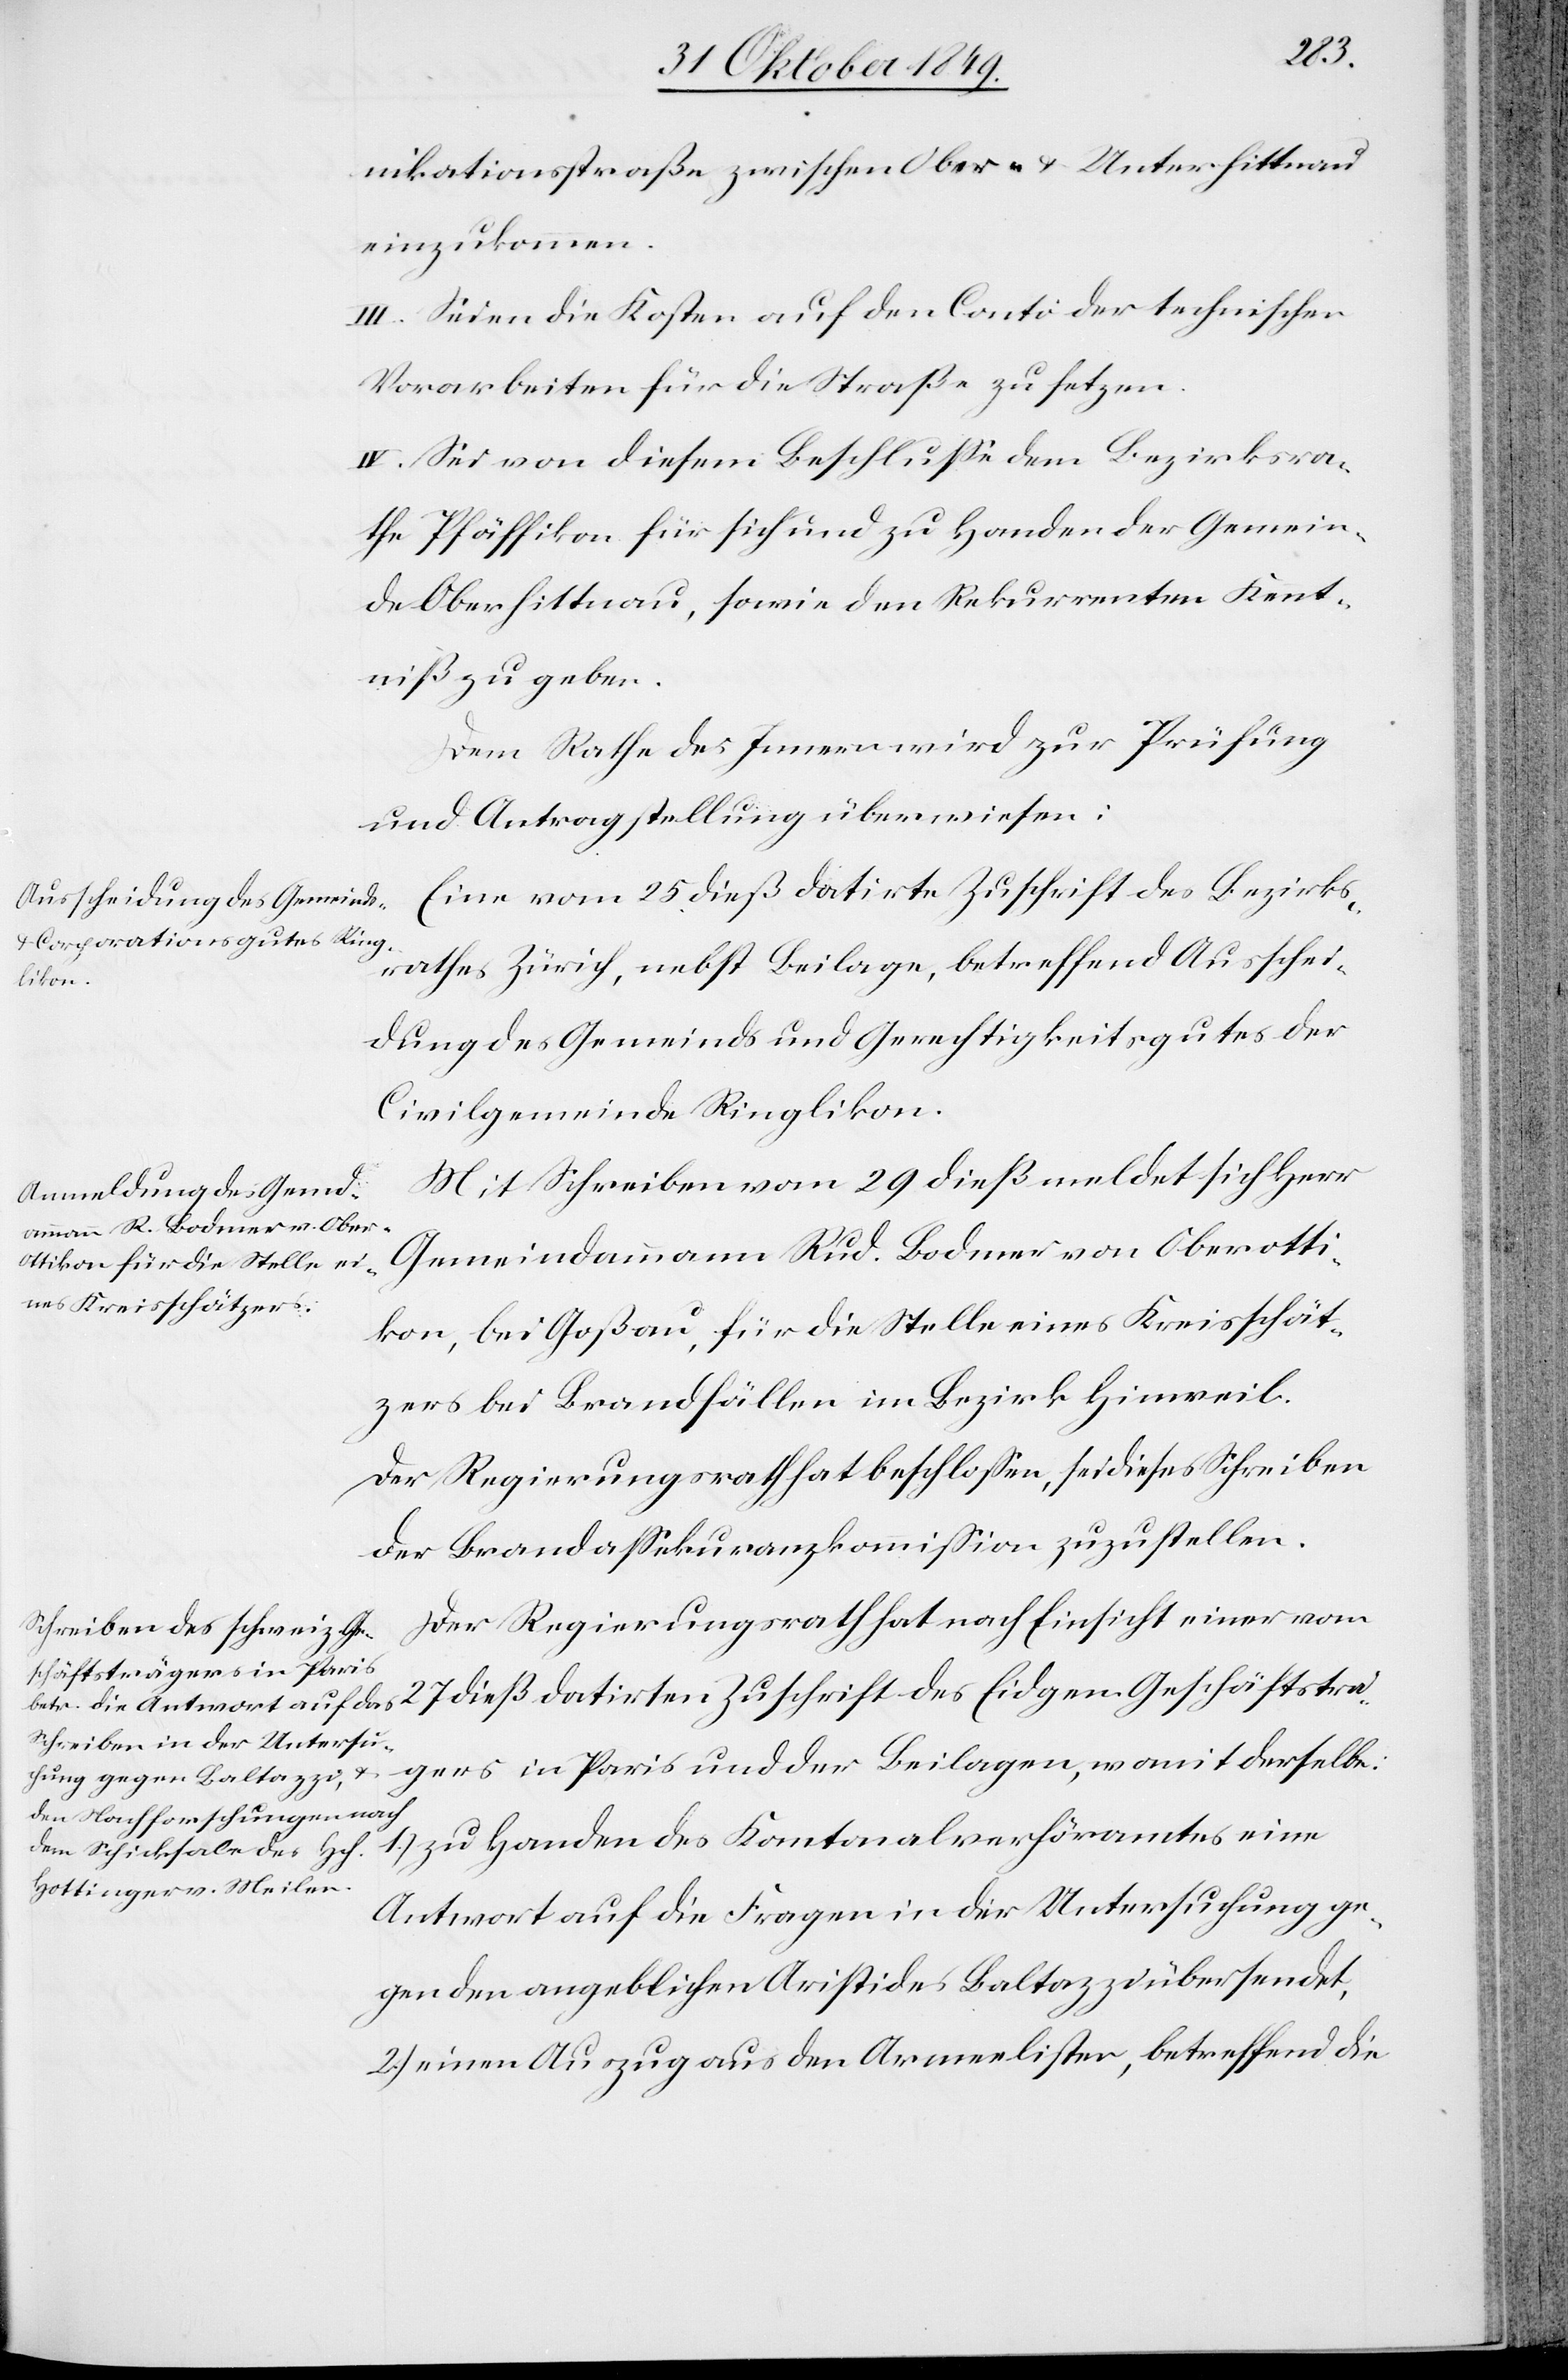
nikationsstraße zwischen Ober- u. Unterhittnau
einzukommen.
III. Seien die Kosten auf dem Conto der technischen
Vorarbeiten für die Straße zu setzen.
IV. Sei von diesem Beschluße dem Bezirksra¬
the Pfäffikon für sich und zu Handen der Gemein¬
de Oberhittnau, sowie den Rekurrenten Kennt¬
niß zu geben.
Dem Rathe des Innern wird zur Prüfung
und Antragstellung überwiesen:
Eine vom 25 dieß datirte Zuschrift des Bezirks¬
rathes Zürich, nebst Beilage, betreffend Ausschei¬
dung des Gemeinds- und Gerechtigkeitsgutes der
Civilgemeinde Ringlikon.
Mit Schreiben vom 29 dieß meldet sich Herr
Gemeindammann Rud. Bodmer von Oberotti¬
kon, bei Goßau, für die Stelle eines Kreisschät¬
zers bei Brandfällen im Bezirk Hinweil.
Der Regierungsrath hat beschloßen, sei dieses Schreiben
der Brandaßekuranzkommißion zuzustellen.
Der Regierungsrath hat nach Einsicht einer vom
27 dieß datirten Zuschrift des Eidgen. Geschäftsträ¬
gers in Paris und der Beilagen, womit derselbe:
1.) zu Handen des Kantonalverhöramtes eine
Antwort auf die Fragen in der Untersuchung ge¬
gen den angeblichen Aristides Baltazzi übersendet,
2.) einen Auszug aus den Armeelisten, betreffend die